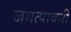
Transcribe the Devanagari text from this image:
जगत्पावनी